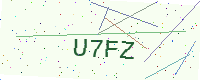
Text: U7FZ